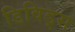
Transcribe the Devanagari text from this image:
डिविड्स